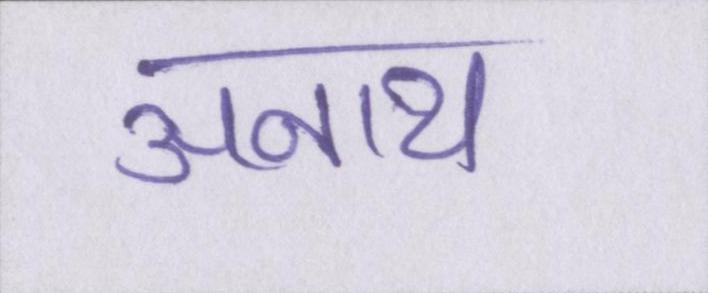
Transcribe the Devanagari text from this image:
अनाथ